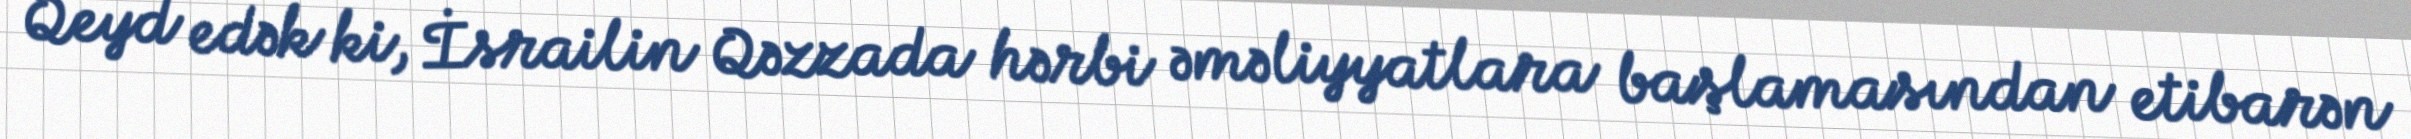
Qeyd edək ki, İsrailin Qəzzada hərbi əməliyyatlara başlamasından etibarən